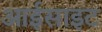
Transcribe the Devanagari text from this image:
आईसाइट